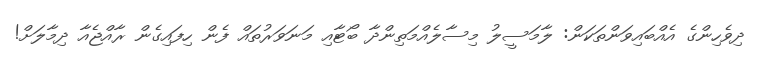
ދިވެހިންގެ އެއްބައިވަންތަކަން: ލާމަސީލު މިސާލެއްމަތިންދާ ބޯޓާއި މަނަވަރުތައް ފެން ހިފައިގެން ރާއްޖެއާ ދިމާލަށް!